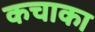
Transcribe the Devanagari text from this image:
कचाका